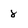
Character: 8